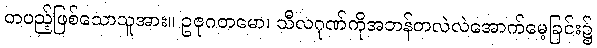
တပည့်ဖြစ်သောသူအား။ ဥဇုဂတမော၊ သီလဂုဏ်ကိုအဘန်တလဲလဲအောက်မေ့ခြင်း၌